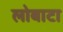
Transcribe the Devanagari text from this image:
लोबाटा